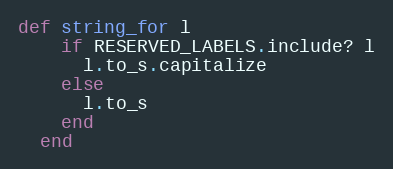
Language: Ruby
def string_for l
    if RESERVED_LABELS.include? l
      l.to_s.capitalize
    else
      l.to_s
    end
  end